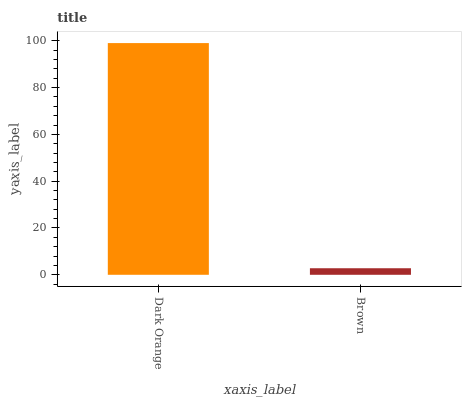
| xaxis_label | bars |
 | --- | --- |
 | Dark Orange | 99 |
 | Brown | 2.8 |